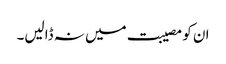
ان کو مصیبت میں نہ ڈالیں۔